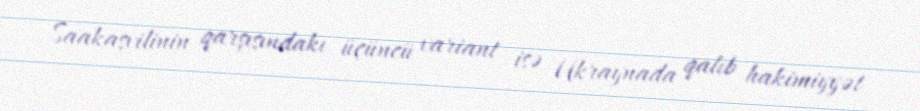
Saakaşvilinin qarşısındakı üçüncü variant isə Ukraynada qalıb hakimiyyət